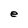
Character: e